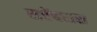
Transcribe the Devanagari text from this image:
सप्टेंबरास